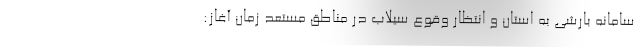
سامانه بارشی به استان و انتظار وقوع سیلاب در مناطق مستعد زمان آغاز: